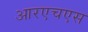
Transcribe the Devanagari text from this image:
आरएचएस